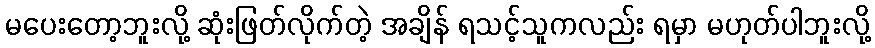
မပေးတော့ဘူးလို့ ဆုံးဖြတ်လိုက်တဲ့ အချိန် ရသင့်သူကလည်း ရမှာ မဟုတ်ပါဘူးလို့